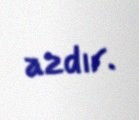
azdır.